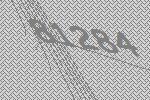
81284